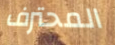
المحترف